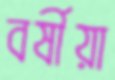
বর্ষীয়া